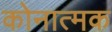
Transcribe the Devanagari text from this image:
कोनात्मक